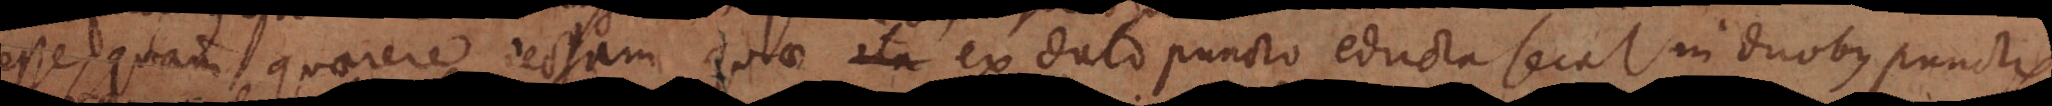
esse, quam quaerere rectam quae ita ex dato puncto educta secat in duobus punctis